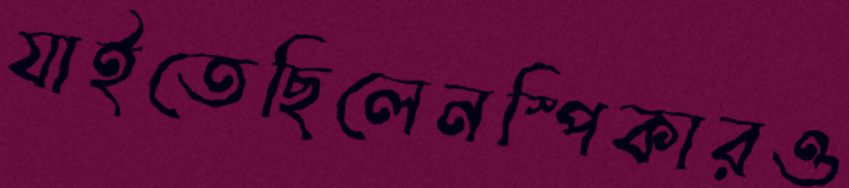
যাইতেছিলেনস্পিকারও